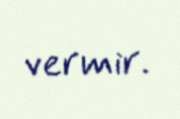
vermir.